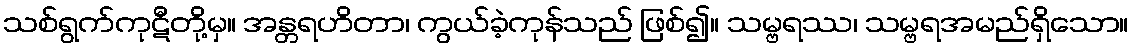
သစ်ရွက်ကုဋီတို့မှ။ အန္တရဟိတာ၊ ကွယ်ခဲ့ကုန်သည် ဖြစ်၍။ သမ္ဗရဿ၊ သမ္ဗရအမည်ရှိသော။